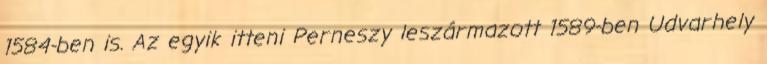
1584-ben is. Az egyik itteni Perneszy leszármazott 1589-ben Udvarhely